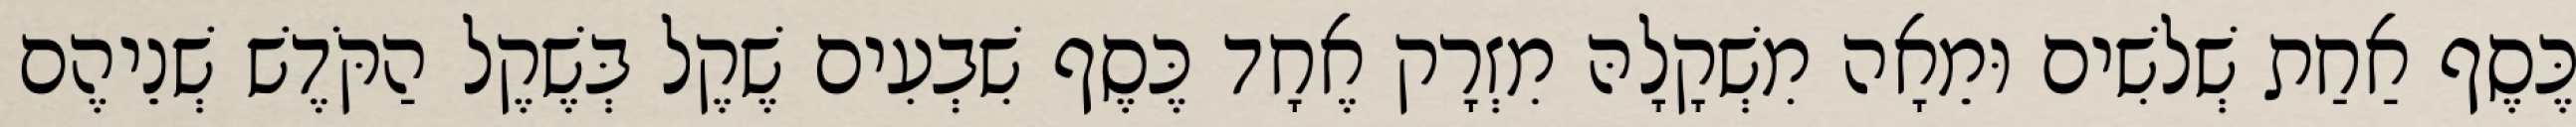
כֶּסֶף אַחַת שְׁלשִׁים וּמֵאָה מִשְׁקָלָהּ מִזְרָק אֶחָד כֶּסֶף שִׁבְעִים שֶׁקֶל בְּשֶׁקֶל הַקֹּדֶשׁ שְׁנֵיהֶם